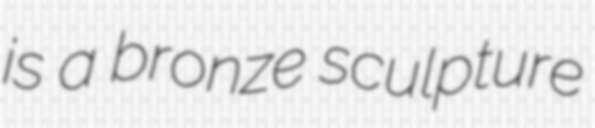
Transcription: is a bronze sculpture